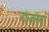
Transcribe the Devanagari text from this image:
राजस्वा